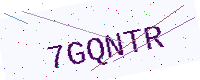
Text: 7GQNTR